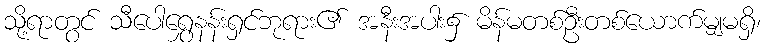
သို့ရာတွင် သီပေါရွှေနန်းရှင်ဘုရား၏ အနီးအပါး၌ မိန်မတစ်ဦးတစ်ယောက်မျှမရှိ၊